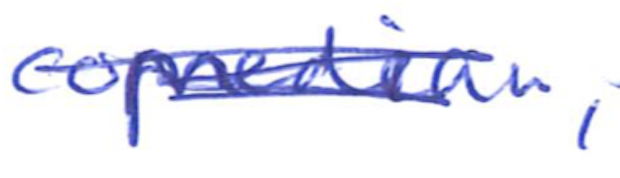
Text: comedian,
Cross-out: scratch
Writing tool: ballpoint